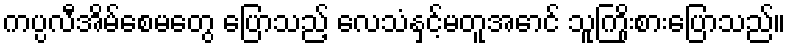
ကပ္ပလီအိမ်စေမတွေ ပြောသည့် လေသံနှင့်မတူအောင် သူကြိုးစားပြောသည်။